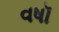
વષૉ